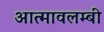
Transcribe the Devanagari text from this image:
आत्मावलम्बी